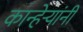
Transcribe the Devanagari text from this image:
कान्हेर्‍यांनी